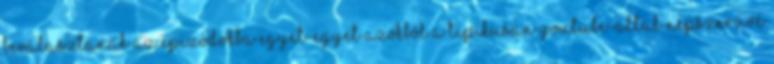
beválasztanak az epizódokba egyet-egyet azokból a tipikusan YouTube-által népszerűvé